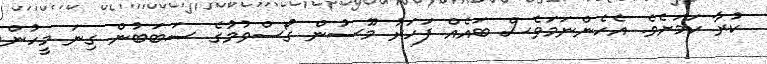
ކުރާ ކަމަށެވެ. އެހެންނަމަވެސް ބައެއް ފަހަރު މޫސުން ގޯސްވުމުގެ ސަބަބުން ގިނަ މީހުން